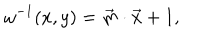
\omega ^ { - 1 } ( x , y ) = \vec { m } \cdot \vec { x } + 1 ,